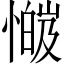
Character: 𫻅